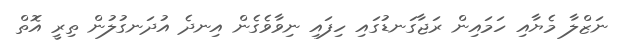
ނަޒްލާ މެޔާއި ހަމައިން ރަޖާގަނޑުގައި ހިފައި ނިވާވެގެން އިނދެ އުދަނގުލުން ތިރީ އޮތް